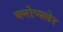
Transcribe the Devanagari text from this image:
क्नोप्फ्लेर